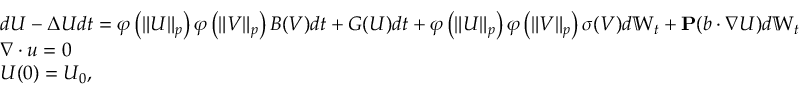
\begin{array} { r l } & { d U - \Delta U d t = \varphi \left( \| U \| _ { p } \right) \varphi \left( \| V \| _ { p } \right) B ( V ) d t + G ( U ) d t + \varphi \left( \| U \| _ { p } \right) \varphi \left( \| V \| _ { p } \right) \sigma ( V ) d \mathbb { W } _ { t } + \mathbf { P } ( b \cdot \nabla U ) d \mathbb { W } _ { t } } \\ & { \nabla \cdot u = 0 } \\ & { U ( 0 ) = U _ { 0 } , } \end{array}